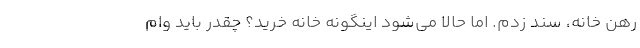
رهن خانه، سند زدم. اما حالا می‌شود اینگونه خانه خرید؟ چقدر باید وام